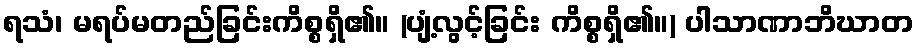
ရသံ၊ မရပ်မတည်ခြင်းကိစ္စရှိ၏။ (ပျံ့လွင့်ခြင်း ကိစ္စရှိ၏။) ပါသာဏာဘိဃာတ